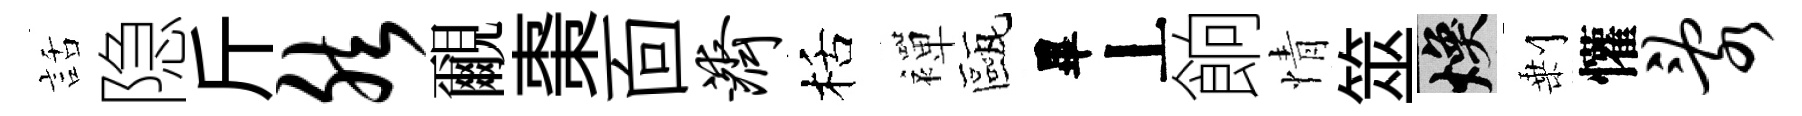
話隐斤然覼棗靣济栝襌甌畢丄餉情筮焕剰懽乱